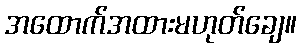
အထောက်အထားမဟုတ်ချေ။